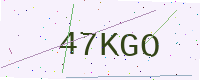
Text: 47KGO